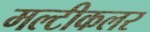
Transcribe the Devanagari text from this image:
मल्टीकलर